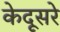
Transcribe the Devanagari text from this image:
केदूसरे